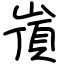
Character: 嵿